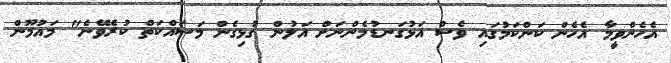
އެހެންވީމާ އެހެން ކަންކަމުގައި ވެސް އަޅުގަނޑުމެންނަށް އަލުން ގުޅިގެން މަސައްކަތް ކުރެވޭނެ" މައުމޫން